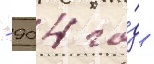
- 904 го́д -